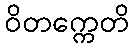
ဝိတက္ကေတိ